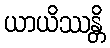
ယာယိဿန္တိ